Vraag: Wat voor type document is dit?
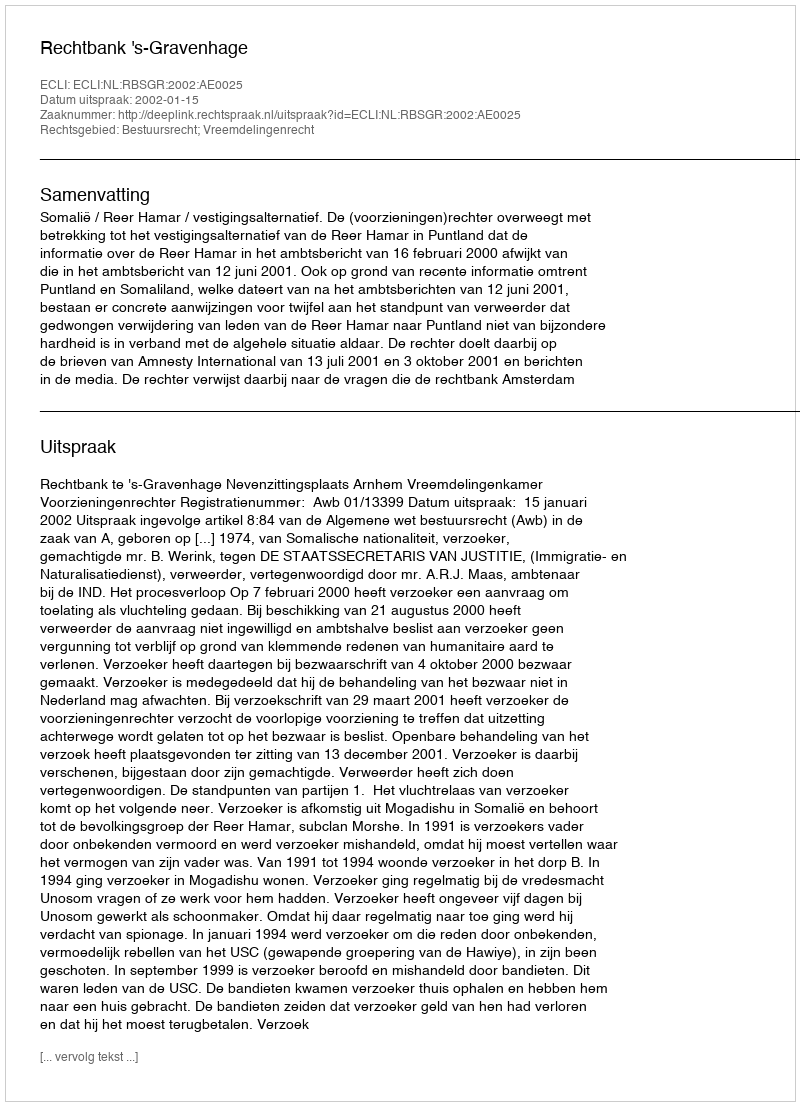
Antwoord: Uitspraak